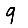
Digit: 9